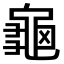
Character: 龜